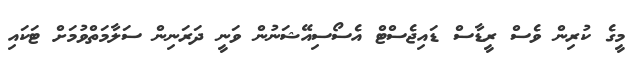
މީގެ ކުރިން ވެސް ރީޑާސް ޑައިޖެސްޓް އެސޯސިއޭޝަނުން ވަނީ ދަރަނިން ސަލާމަތްވުމަށް ޓަކައި